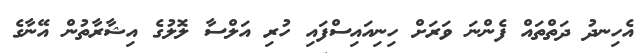
އެހިނދު ދަތްތައް ފެންނަ ވަރަށް ހިނިއައިސްފައި ހުރި އަލްސާ ލޮލުގެ އިޝާރާތުން އޭނާގެ